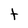
Character: t